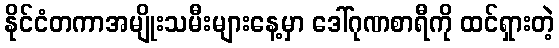
နိုင်ငံတကာအမျိုးသမီးများနေ့မှာ ဒေါ်ဂုဏစာရီကို ထင်ရှားတဲ့